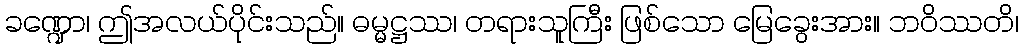
ခဏ္ဍော၊ ဤအလယ်ပိုင်းသည်။ ဓမ္မဋ္ဌဿ၊ တရားသူကြီး ဖြစ်သော မြေခွေးအား။ ဘဝိဿတိ၊